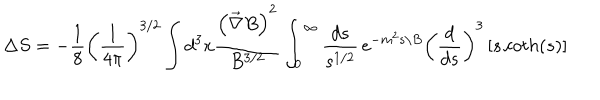
LaTeX: \Delta S = - \frac { 1 } { 8 } \left( { \frac { 1 } { 4 \pi } } \right) ^ { 3 / 2 } \int d ^ { 3 } x { \frac { \left( \vec { \nabla } B \right) ^ { 2 } } { B ^ { 3 / 2 } } } \int _ { 0 } ^ { \infty } { \frac { d s } { s ^ { 1 / 2 } } } \, e ^ { - m ^ { 2 } s / B } \left( { \frac { d } { d s } } \right) ^ { 3 } \left[ s \, c o t h ( s ) \right]